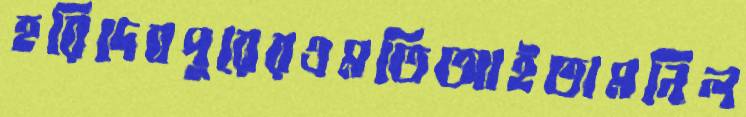
হরিদেবপুরেরএমতিআইতামনিল